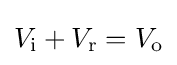
V_{\mathrm {i} }+V_{\mathrm {r} }=V_{\mathrm {o} }